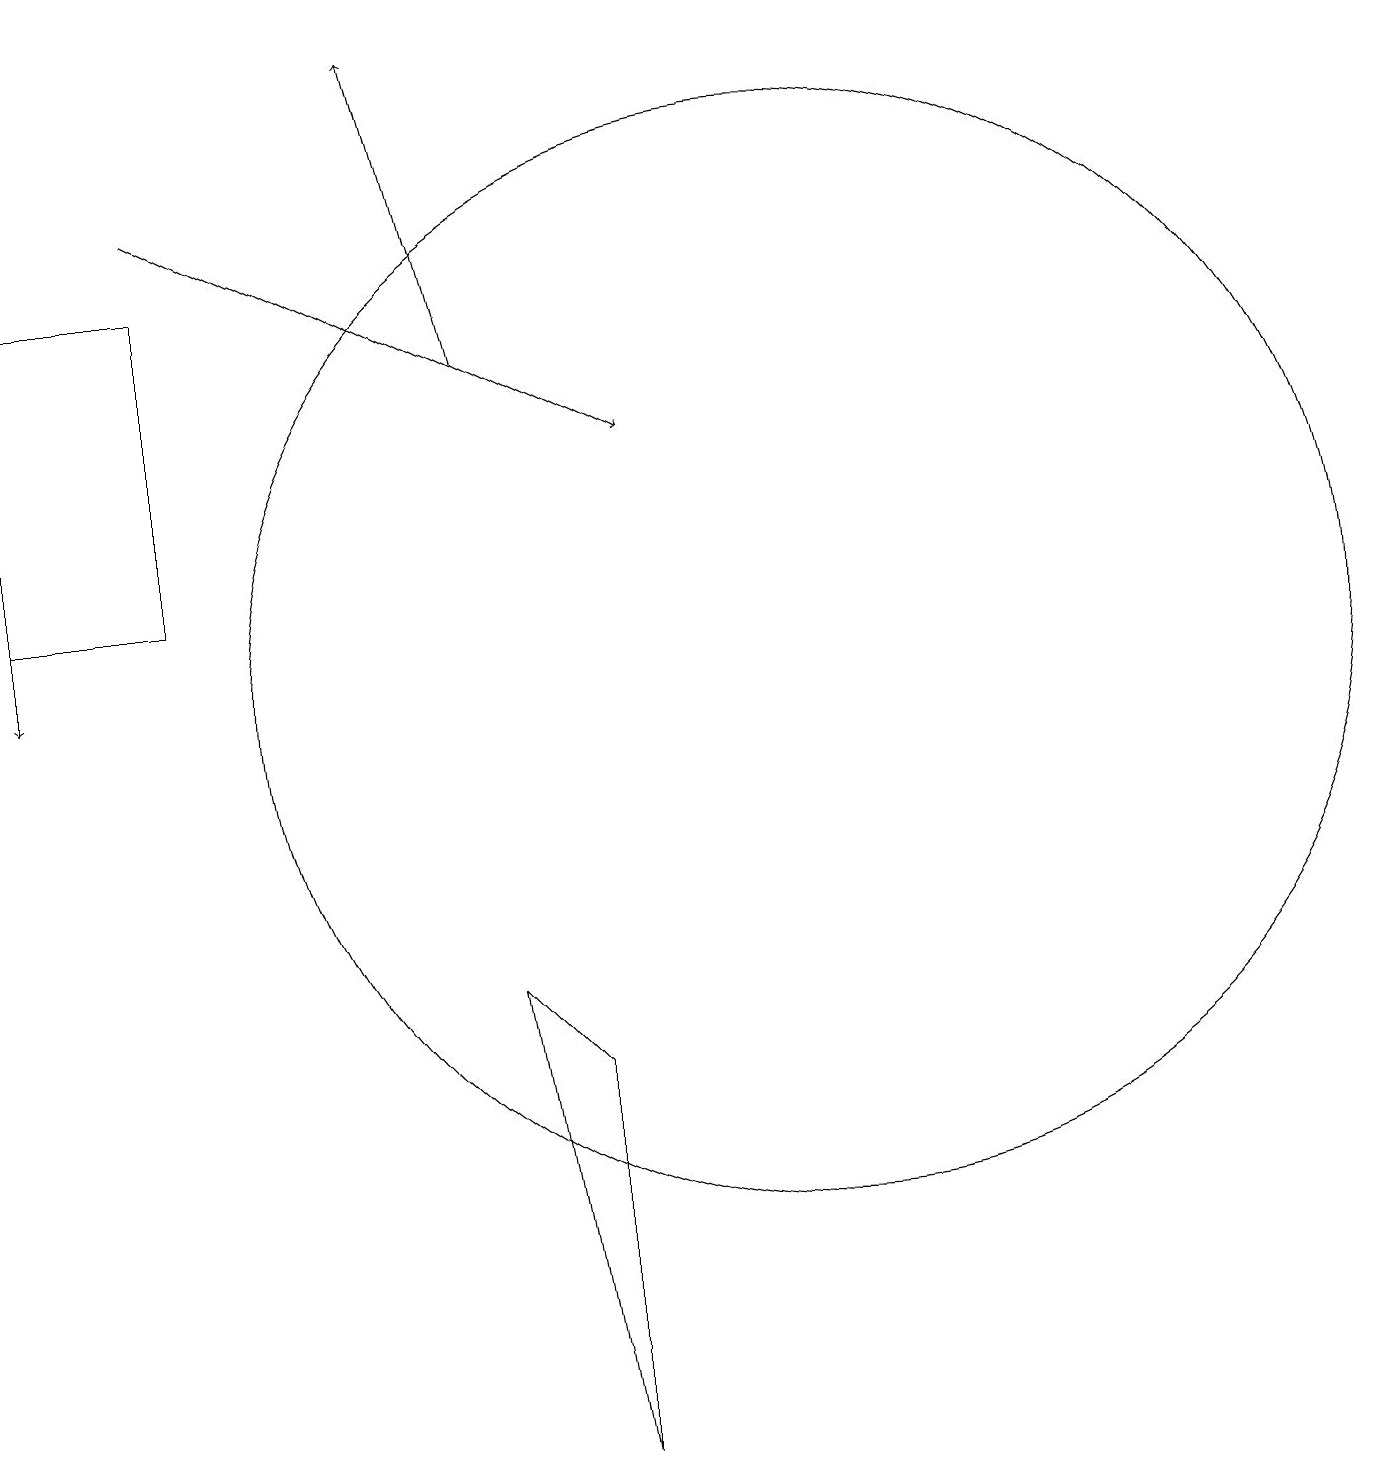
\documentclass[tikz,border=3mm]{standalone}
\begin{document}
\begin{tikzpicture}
\draw[->] (3,16) -- (9,13);
\draw[->] (7,14) -- (6,18);
\draw (8,5) -- (8,0) -- (7,6) -- cycle;
\draw[->] (1,18) -- (1,10);
\draw (11,10) circle (7);
\draw (1,11) rectangle (3,15);
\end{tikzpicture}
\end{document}